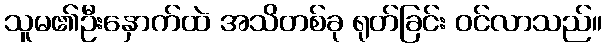
သူမ၏ဦးနှောက်ထဲ အသိတစ်ခု ရုတ်ခြင်း ဝင်လာသည်။